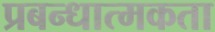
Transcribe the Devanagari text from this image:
प्रबन्धात्मकता